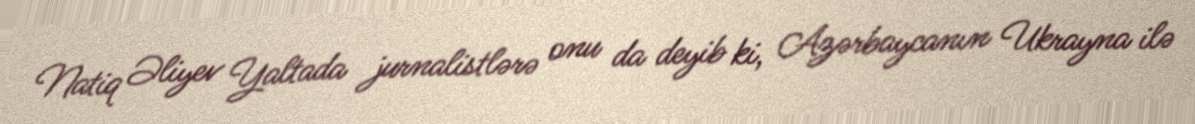
Natiq Əliyev Yaltada jurnalistlərə onu da deyib ki, Azərbaycanın Ukrayna ilə